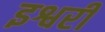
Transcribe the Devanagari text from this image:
इश्वरी